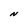
Character: N